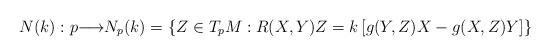
LaTeX: \begin{align*}N(k): p{\longrightarrow} N_{p}(k)=\left\lbrace Z\in{T_{p}M}:R(X,Y)Z =k\left[ g(Y,Z)X-g(X,Z)Y\right] \right\rbrace \end{align*}